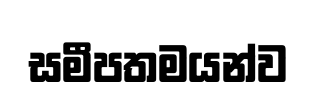
සමීපතමයන්ව